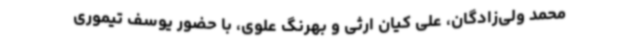
محمد ولی‌زادگان، علی کیان ارثی و بهرنگ علوی، با حضور یوسف تیموری